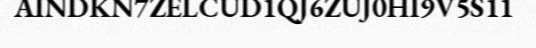
AINDKN7ZELCUD1QJ6ZUJ0HI9V5S11